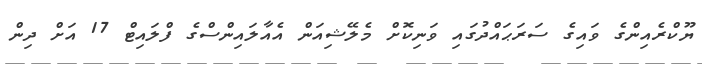
ޔޫކްރެއިންގެ ވައިގެ ސަރަޙައްދުގައި ވަނިކޮށް މެލޭޝިއަން އެއާލައިންސްގެ ފްލައިޓް 17 އަށް ދިން